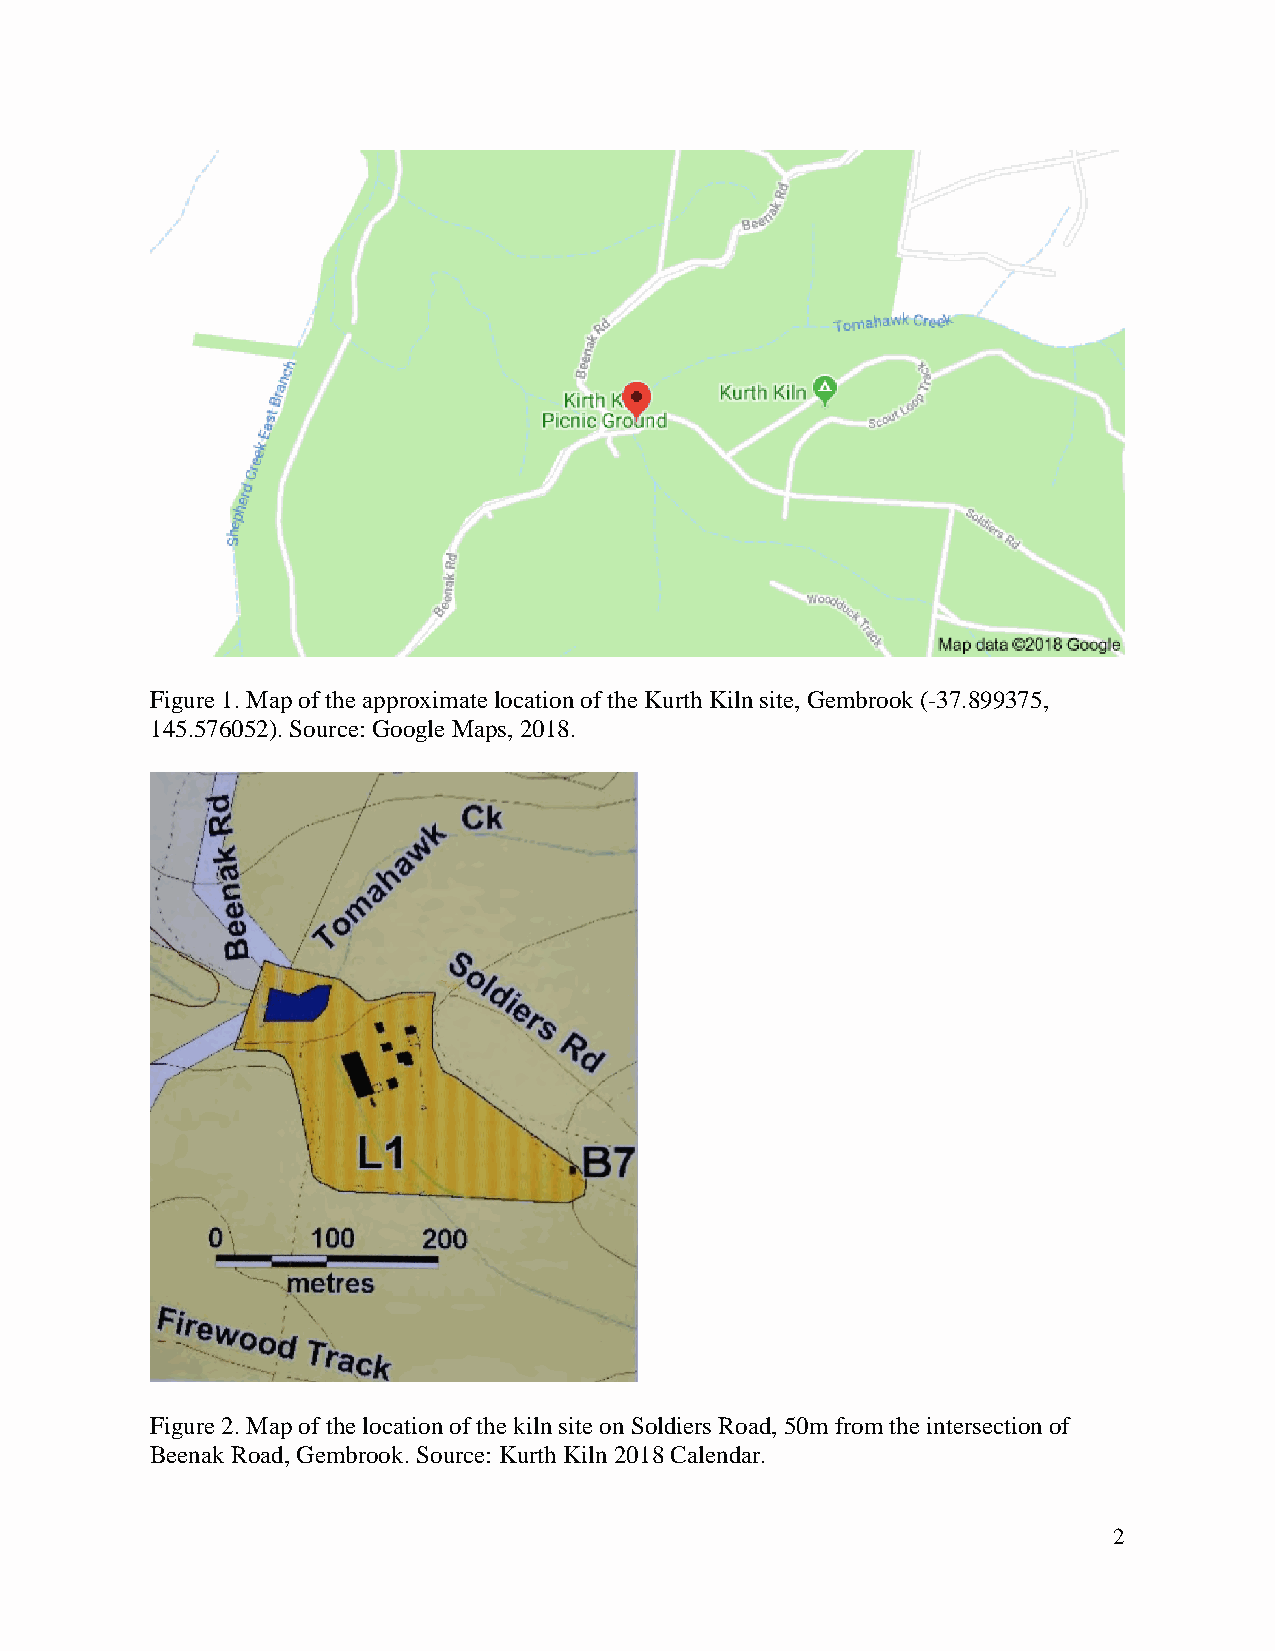
Figure 1. Map of the approximate location of the Kurth Kiln site, Gembrook (-37.899375,
 145.576052). Source: Google Maps, 2018.
 Figure 2. Map of the location of the kiln site on Soldiers Road, 50m from the intersection of
 Beenak Road, Gembrook. Source: Kurth Kiln 2018 Calendar.
 2